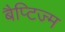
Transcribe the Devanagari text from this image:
बैप्टिज्म